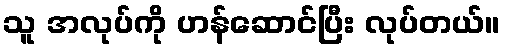
သူ အလုပ်ကို ဟန်ဆောင်ပြီး လုပ်တယ်။